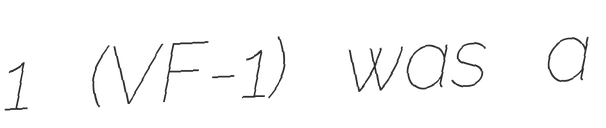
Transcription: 1 (VF-1) was a